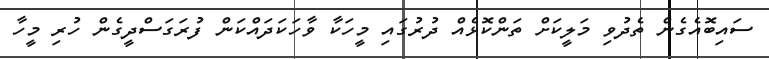
ސައިބޮއެގެން ތެދުވި މަލީކަށް ތަންކޮޅެއް ދުރުގައި މީހަކާ ވާހަކަދައްކަން ފުރަގަސްދީގެން ހުރި މީހާ